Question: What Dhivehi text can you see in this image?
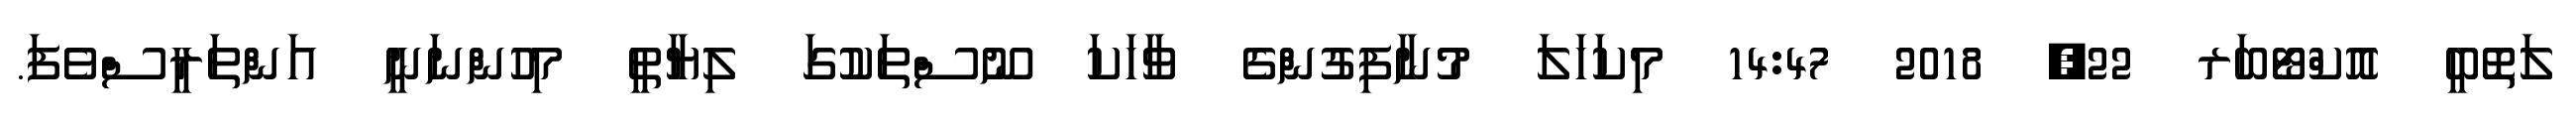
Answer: ލަތޮބީ އޮކްޓޯބަރ 22, 2018 14:47 މިކަހަލަ މުނާފިގުންގެ ވާހަކަ ނޫސްތަކުގަ ލިޔާތީ މިހުންނަނީ އަންތަރީސްވެފަ.